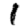
Digit: 1